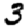
Digit: 3